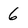
Character: 6